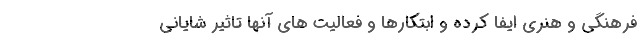
فرهنگی و هنری ایفا کرده و ابتکارها و فعالیت های آنها تاثیر شایانی